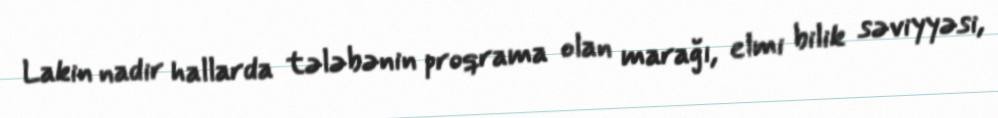
Lakin nadir hallarda tələbənin proqrama olan marağı, elmi bilik səviyyəsi,